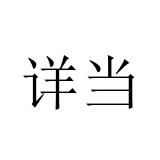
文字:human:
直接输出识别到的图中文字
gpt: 详当